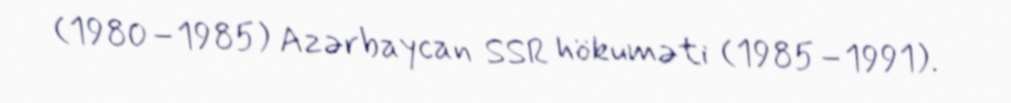
(1980–1985) Azərbaycan SSR hökuməti (1985–1991).